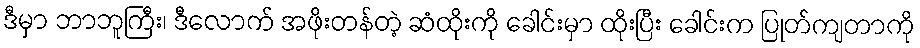
ဒီမှာ ဘာဘူကြီး၊ ဒီလောက် အဖိုးတန်တဲ့ ဆံထိုးကို ခေါင်းမှာ ထိုးပြီး ခေါင်းက ပြုတ်ကျတာကို